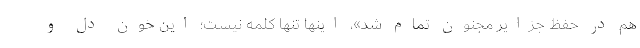
هم در حفظ جزایر مجنون تمام شد»، اینها تنها کلمه نیست؛ این خون دل و